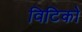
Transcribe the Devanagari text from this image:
विटिको